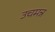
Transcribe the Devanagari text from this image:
उचमन्न